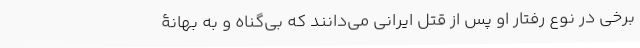
برخی در نوع رفتار او پس از قتل ایرانی می‌دانند که بی‌گناه و به بهانۀ